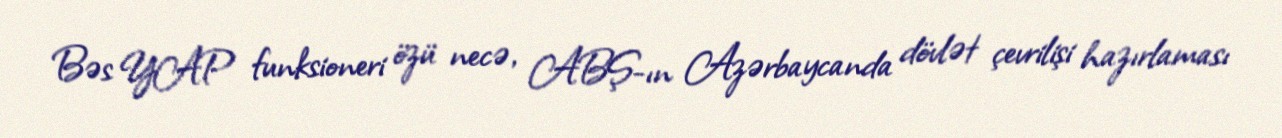
Bəs YAP funksioneri özü necə, ABŞ-ın Azərbaycanda dövlət çevrilişi hazırlaması